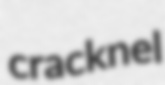
cracknel